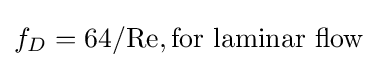
f_{D}=64/\mathrm {Re} ,{\text{for laminar flow}}